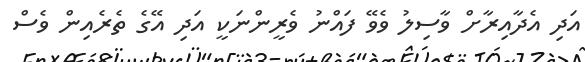
އަދި އެދާއިރާށް ވާސިލު ވެވޭ ފައްނު ވެރީންނަކީ އަދި އޭގެ ތެރެއިން ވެސް